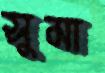
সুমা